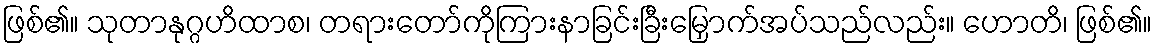
ဖြစ်၏။ သုတာနုဂ္ဂဟိထာစ၊ တရားတော်ကိုကြားနာခြင်းခြီးမြှောက်အပ်သည်လည်း။ ဟောတိ၊ ဖြစ်၏။